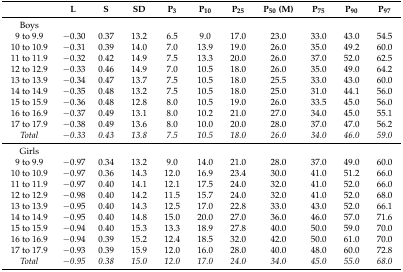
<table><thead><tr><td>[EMPTY_CELL]</td><td><b>L</b></td><td><b>S</b></td><td><b>SD</b></td><td><b>P<sub>3</sub></b></td><td><b>P<sub>10</sub></b></td><td><b>P<sub>25</sub></b></td><td><b>P<sub>50</sub> (M)</b></td><td><b>P<sub>75</sub></b></td><td><b>P<sub>90</sub></b></td><td><b>P<sub>97</sub></b></td></tr></thead><tbody><tr><td>Boys</td><td>[EMPTY_CELL]</td><td>[EMPTY_CELL]</td><td>[EMPTY_CELL]</td><td>[EMPTY_CELL]</td><td>[EMPTY_CELL]</td><td>[EMPTY_CELL]</td><td>[EMPTY_CELL]</td><td>[EMPTY_CELL]</td><td>[EMPTY_CELL]</td><td>[EMPTY_CELL]</td></tr><tr><td>9 to 9.9</td><td>−0.30</td><td>0.37</td><td>13.2</td><td>6.5</td><td>9.0</td><td>17.0</td><td>23.0</td><td>33.0</td><td>43.0</td><td>54.5</td></tr><tr><td>10 to 10.9</td><td>−0.31</td><td>0.39</td><td>14.0</td><td>7.0</td><td>13.9</td><td>19.0</td><td>26.0</td><td>35.0</td><td>49.2</td><td>60.0</td></tr><tr><td>11 to 11.9</td><td>−0.32</td><td>0.42</td><td>14.9</td><td>7.5</td><td>13.3</td><td>20.0</td><td>26.0</td><td>37.0</td><td>52.0</td><td>62.5</td></tr><tr><td>12 to 12.9</td><td>−0.33</td><td>0.46</td><td>14.9</td><td>7.0</td><td>10.5</td><td>18.0</td><td>26.0</td><td>35.0</td><td>49.0</td><td>64.2</td></tr><tr><td>13 to 13.9</td><td>−0.34</td><td>0.47</td><td>13.7</td><td>7.5</td><td>10.5</td><td>18.0</td><td>25.5</td><td>33.0</td><td>43.0</td><td>60.0</td></tr><tr><td>14 to 14.9</td><td>−0.35</td><td>0.48</td><td>13.2</td><td>7.5</td><td>10.5</td><td>18.0</td><td>25.0</td><td>31.0</td><td>44.1</td><td>56.0</td></tr><tr><td>15 to 15.9</td><td>−0.36</td><td>0.48</td><td>12.8</td><td>8.0</td><td>10.5</td><td>19.0</td><td>26.0</td><td>33.5</td><td>45.0</td><td>56.0</td></tr><tr><td>16 to 16.9</td><td>−0.37</td><td>0.49</td><td>13.1</td><td>8.0</td><td>10.2</td><td>21.0</td><td>27.0</td><td>34.0</td><td>45.0</td><td>55.1</td></tr><tr><td>17 to 17.9</td><td>−0.38</td><td>0.49</td><td>13.6</td><td>8.0</td><td>10.0</td><td>20.0</td><td>28.0</td><td>37.0</td><td>47.0</td><td>56.2</td></tr><tr><td><i>Total</i></td><td><i>−0.33</i></td><td><i>0.43</i></td><td><i>13.8</i></td><td><i>7.5</i></td><td><i>10.5</i></td><td><i>18.0</i></td><td><i>26.0</i></td><td><i>34.0</i></td><td><i>46.0</i></td><td><i>59.0</i></td></tr><tr><td>Girls</td><td>[EMPTY_CELL]</td><td>[EMPTY_CELL]</td><td>[EMPTY_CELL]</td><td>[EMPTY_CELL]</td><td>[EMPTY_CELL]</td><td>[EMPTY_CELL]</td><td>[EMPTY_CELL]</td><td>[EMPTY_CELL]</td><td>[EMPTY_CELL]</td><td>[EMPTY_CELL]</td></tr><tr><td>9 to 9.9</td><td>−0.97</td><td>0.34</td><td>13.2</td><td>9.0</td><td>14.0</td><td>21.0</td><td>28.0</td><td>37.0</td><td>49.0</td><td>60.0</td></tr><tr><td>10 to 10.9</td><td>−0.97</td><td>0.36</td><td>14.3</td><td>12.0</td><td>16.9</td><td>23.4</td><td>30.0</td><td>41.0</td><td>51.2</td><td>66.0</td></tr><tr><td>11 to 11.9</td><td>−0.97</td><td>0.40</td><td>14.1</td><td>12.1</td><td>17.5</td><td>24.0</td><td>32.0</td><td>41.0</td><td>52.0</td><td>66.0</td></tr><tr><td>12 to 12.9</td><td>−0.98</td><td>0.40</td><td>14.2</td><td>11.5</td><td>15.7</td><td>24.0</td><td>32.0</td><td>41.0</td><td>52.0</td><td>68.0</td></tr><tr><td>13 to 13.9</td><td>−0.95</td><td>0.40</td><td>14.3</td><td>12.5</td><td>17.0</td><td>22.8</td><td>33.0</td><td>43.0</td><td>52.0</td><td>66.1</td></tr><tr><td>14 to 14.9</td><td>−0.95</td><td>0.40</td><td>14.8</td><td>15.0</td><td>20.0</td><td>27.0</td><td>36.0</td><td>46.0</td><td>57.0</td><td>71.6</td></tr><tr><td>15 to 15.9</td><td>−0.94</td><td>0.40</td><td>15.3</td><td>13.3</td><td>18.9</td><td>27.8</td><td>40.0</td><td>50.0</td><td>59.0</td><td>70.0</td></tr><tr><td>16 to 16.9</td><td>−0.94</td><td>0.39</td><td>15.2</td><td>12.4</td><td>18.5</td><td>32.0</td><td>42.0</td><td>50.0</td><td>61.0</td><td>70.0</td></tr><tr><td>17 to 17.9</td><td>−0.93</td><td>0.39</td><td>15.9</td><td>12.0</td><td>16.0</td><td>28.0</td><td>40.0</td><td>48.0</td><td>60.0</td><td>72.8</td></tr><tr><td><i>Total</i></td><td><i>−0.95</i></td><td><i>0.38</i></td><td><i>15.0</i></td><td><i>12.0</i></td><td><i>17.0</i></td><td><i>24.0</i></td><td><i>34.0</i></td><td><i>45.0</i></td><td><i>55.0</i></td><td><i>68.0</i></td></tr></tbody></table>